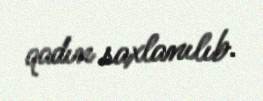
qadın saxlanılıb.